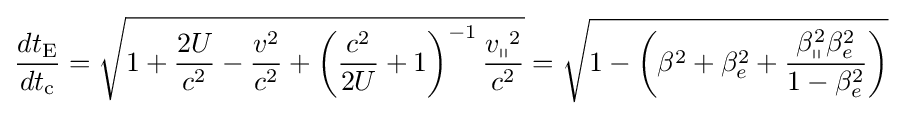
{\frac {dt_{\text{E}}}{dt_{\text{c}}}}={\sqrt {1+{\frac {2U}{c^{2}}}-{\frac {v^{2}}{c^{2}}}+\left({\frac {c^{2}}{2U}}+1\right)^{-1}{\frac {{v_{\shortparallel }}^{2}}{c^{2}}}}}={\sqrt {1-\left(\beta ^{2}+\beta _{e}^{2}+{\frac {\beta _{\shortparallel }^{2}\beta _{e}^{2}}{1-\beta _{e}^{2}}}\right)}}